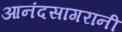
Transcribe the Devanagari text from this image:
आनंदसागरांनी